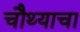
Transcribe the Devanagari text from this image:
चौथ्याचा